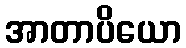
အာတာပိယော